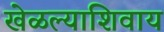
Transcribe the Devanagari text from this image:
खेळल्याशिवाय